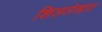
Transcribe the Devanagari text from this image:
शिललेखात